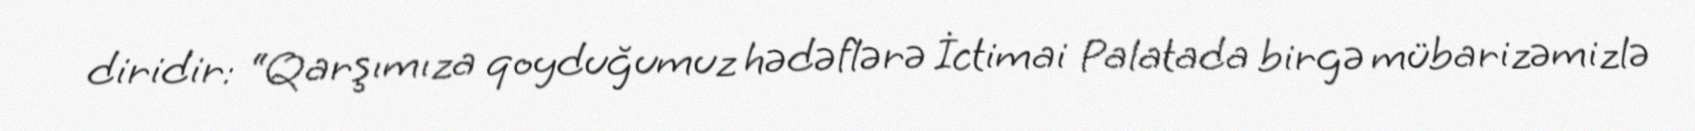
diridir: “Qarşımıza qoyduğumuz hədəflərə İctimai Palatada birgə mübarizəmizlə